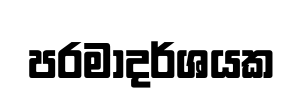
පරමාදර්ශයක